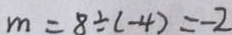
m = 8 \div ( - 4 ) = - 2